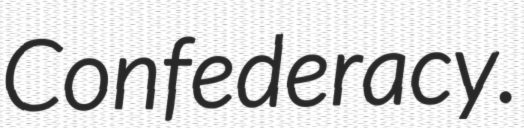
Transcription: Confederacy.